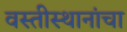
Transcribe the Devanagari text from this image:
वस्तीस्थानांचा